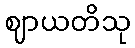
ဈာယတိသု